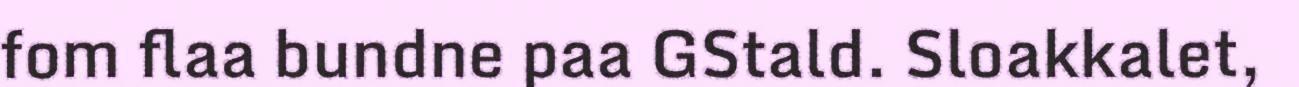
fom flaa bundne paa GStald. Sloakkalet,